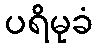
ပရိမုခံ